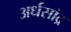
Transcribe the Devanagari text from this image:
अर्धसांद्र